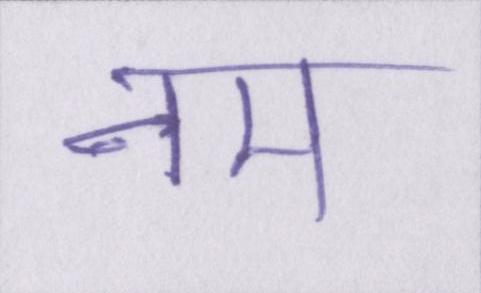
नम